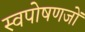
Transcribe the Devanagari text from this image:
स्वपोषणजों